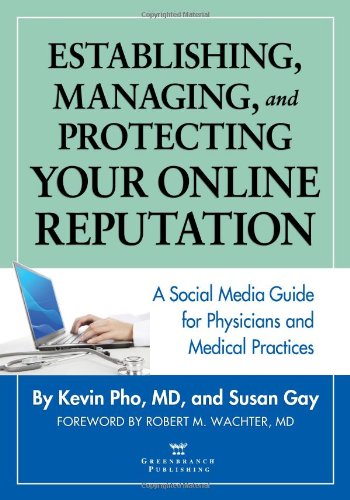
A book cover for Establishing, Managing, and Protecting Your Online Reputation: A Social Media Guide for Physicians and Medical Practices; Kevin Pho M.D.; Medical Books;